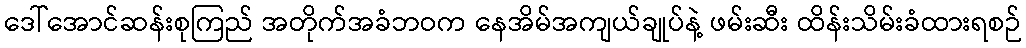
ဒေါ်အောင်ဆန်းစုကြည် အတိုက်အခံဘဝက နေအိမ်အကျယ်ချုပ်နဲ့ ဖမ်းဆီး ထိန်းသိမ်းခံထားရစဉ်